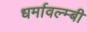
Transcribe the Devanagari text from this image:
धर्मावल्म्बी